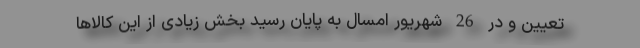
تعیین و در 26 شهریور امسال به پایان رسید بخش زیادی از این کالا‌ها